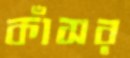
কাঁসর